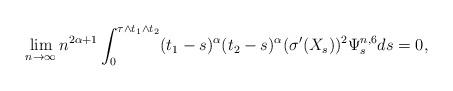
LaTeX: \begin{align*} \lim_{n\rightarrow \infty} n^{2\alpha+1} \int_0^{\tau \wedge t_1 \wedge t_2 } (t_1-s)^{\alpha} (t_2-s)^{\alpha} (\sigma'(X_s))^2 \Psi^{n,6}_s ds=0, \end{align*}